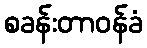
စခန်းတာဝန်ခံ